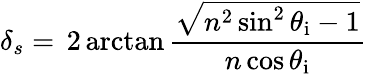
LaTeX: \delta_{s}=\, 2\arctan{\frac{\sqrt{n^{2}\sin^{2}\theta_{\mathrm{i}}-1}}{n\cos\theta_{\mathrm{i}}}}